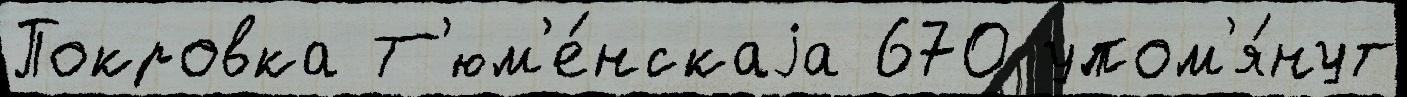
Покровка Т'юм'е́нскаjа 670 упом'я́нут